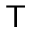
\sf { T }